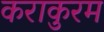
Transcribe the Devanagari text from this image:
कराकुरम